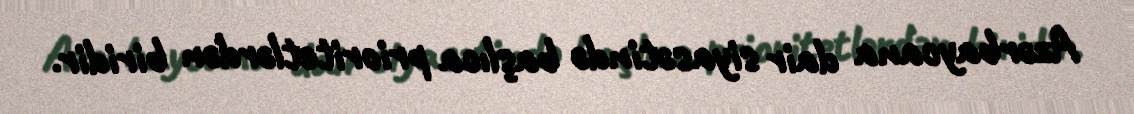
Azərbaycana dair siyasətində başlıca prioritetlərdən biridir.